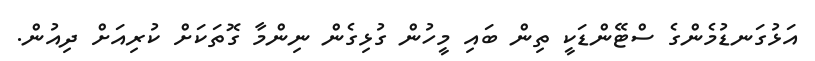
އަޅުގަނޑުމެންގެ ސްޓޭންޑަކީ ތިން ބައި މީހުން ގުޅިގެން ނިންމާ ގޮތަކަށް ކުރިއަށް ދިއުން.